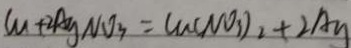
C u + 2 A g N O _ { 3 } = C u ( N O _ { 3 } ) _ { 2 } + 2 A g